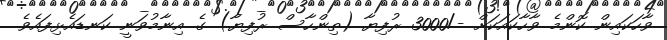
ވާހަކައިން ކޮންމެ ވާހާކައަކަށް -/3000 ރުފިޔާ (ތިންހާސް ރުފިޔާ) ގެ އިނާމުވަނީ ކަނޑައެޅިފައެވެ.